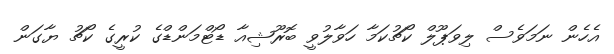
އެހެން ނަމަވެސް ލިވަޕޫލް ކޯޗުކަމާ ހަވާލުވީ ބޮރޫޝިއާ ޑޯޓްމަންޑްގެ ކުރީގެ ކޯޗު ޔާގަން